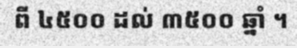
ពី ៤៥០០ ដល់ ៣៥០០ ឆ្នាំ ។